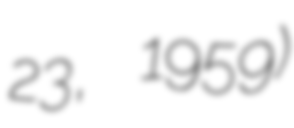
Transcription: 23, 1959)